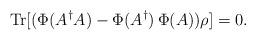
LaTeX: \begin{align*}\mathrm{Tr} [(\Phi(A^{\dagger} A) - \Phi(A^{\dagger})\, \Phi(A))\rho] = 0. \end{align*}